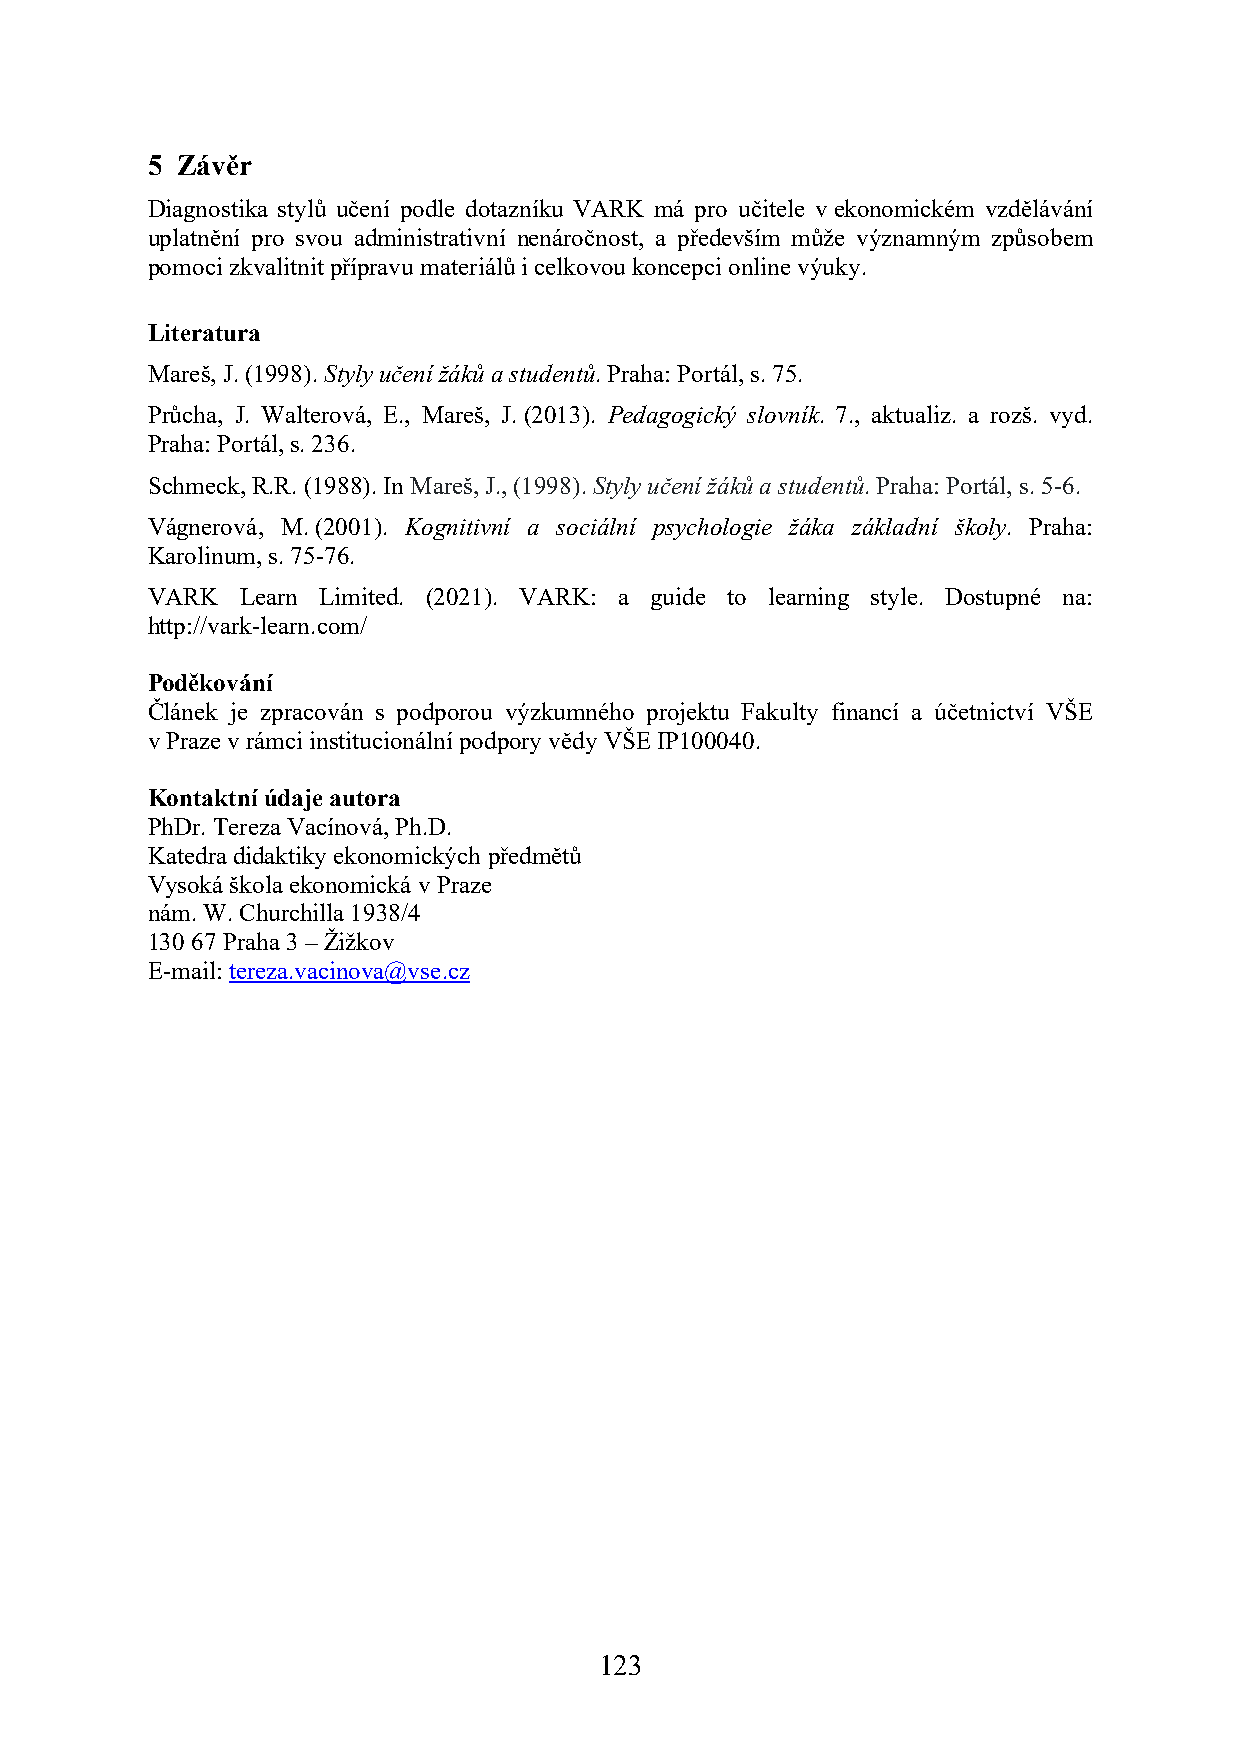
5 Závěr
 Diagnostika stylů učení podle dotazníku VARK má pro učitele v ekonomickém vzdělávání
 uplatnění pro svou administrativní nenáročnost, a především může významným způsobem
 pomoci zkvalitnit přípravu materiálů i celkovou koncepci online výuky.
 Literatura
 Mareš, J. (1998). Styly učení žáků a studentů. Praha: Portál, s. 75.
 Průcha, J. Walterová, E., Mareš, J. (2013). Pedagogický slovník. 7., aktualiz. a rozš. vyd.
 Praha: Portál, s. 236.
 Schmeck, R.R. (1988). In Mareš, J., (1998). Styly učení žáků a studentů. Praha: Portál, s. 5-6.
 Vágnerová, M. (2001). Kognitivní a sociální psychologie žáka základní školy. Praha:
 Karolinum, s. 75-76.
 VARK  Learn Limited. (2021). VARK: a guide to learning style. Dostupné na:
 http://vark‐learn.com/
 Poděkování
 Článek je zpracován s podporou výzkumného projektu Fakulty financí a účetnictví VŠE
 v Praze v rámci institucionální podpory vědy VŠE IP100040.
 Kontaktní údaje autora
 PhDr. Tereza Vacínová, Ph.D.
 Katedra didaktiky ekonomických předmětů
 Vysoká škola ekonomická v Praze
 nám. W. Churchilla 1938/4
 130 67 Praha 3 – Žižkov
 E-mail: tereza.vacinova@vse.cz
 123